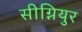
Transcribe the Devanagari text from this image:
सीग्नियुर